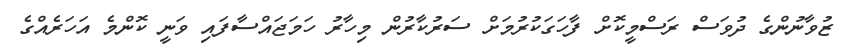
ޒުވާނުންގެ ދުވަސް ރަސްމީކޮށް ފާހަގަކުރުމަށް ސަރުކާރުން މިހާރު ހަމަޖައްސާފައި ވަނީ ކޮންމެ އަހަރެއްގެ